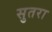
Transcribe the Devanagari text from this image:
सुतरा